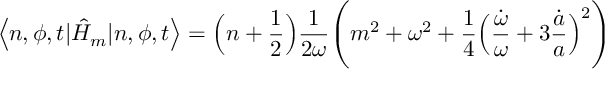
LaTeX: \left< n , \phi , t | \hat { H } _ { m } | n , \phi , t \right> = \Bigl ( n + \frac { 1 } { 2 } \Bigr ) \frac { 1 } { 2 \omega } \Biggl ( m ^ { 2 } + \omega ^ { 2 } + \frac { 1 } { 4 } \Bigl ( \frac { \dot { \omega } } { \omega } + 3 \frac { \dot { a } } { a } \Bigr ) ^ { 2 } \Biggr )